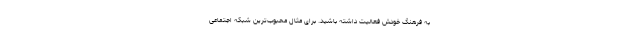
به فرهنگ خودش فعالیت داشته باشید. برای مثال محبوب‌ترین شبکه اجتماعی